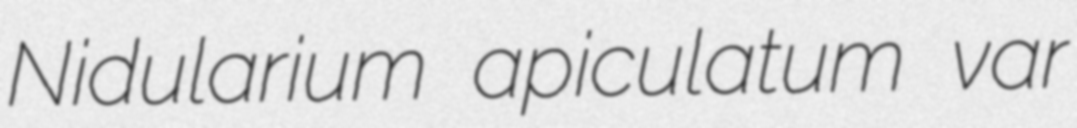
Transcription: Nidularium apiculatum var